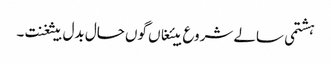
ہشتمی سالے شروع بیئغاں گوں حال بدل بیثغنت ۔